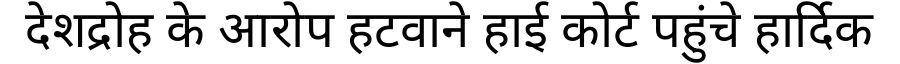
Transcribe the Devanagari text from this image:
देशद्रोह के आरोप हटवाने हाई कोर्ट पहुंचे हार्दिक